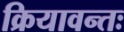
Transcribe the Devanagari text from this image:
क्रियावन्तः